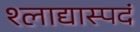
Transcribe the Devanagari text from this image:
श्लाद्यास्पदं